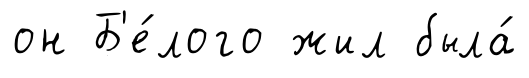
он Б'е́лого жил была́